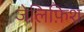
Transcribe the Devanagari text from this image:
जेलिफ़िश